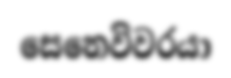
සෙනෙවිවරයා